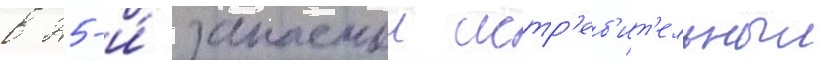
в 25-и́ запаснои истр'еб'ит'ельныи